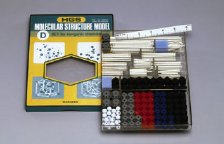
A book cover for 1006/ Researcher Inorganic Chemistry D-set (HGS Polyhedron Molecular Model); HGS Maruzen; Science & Math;